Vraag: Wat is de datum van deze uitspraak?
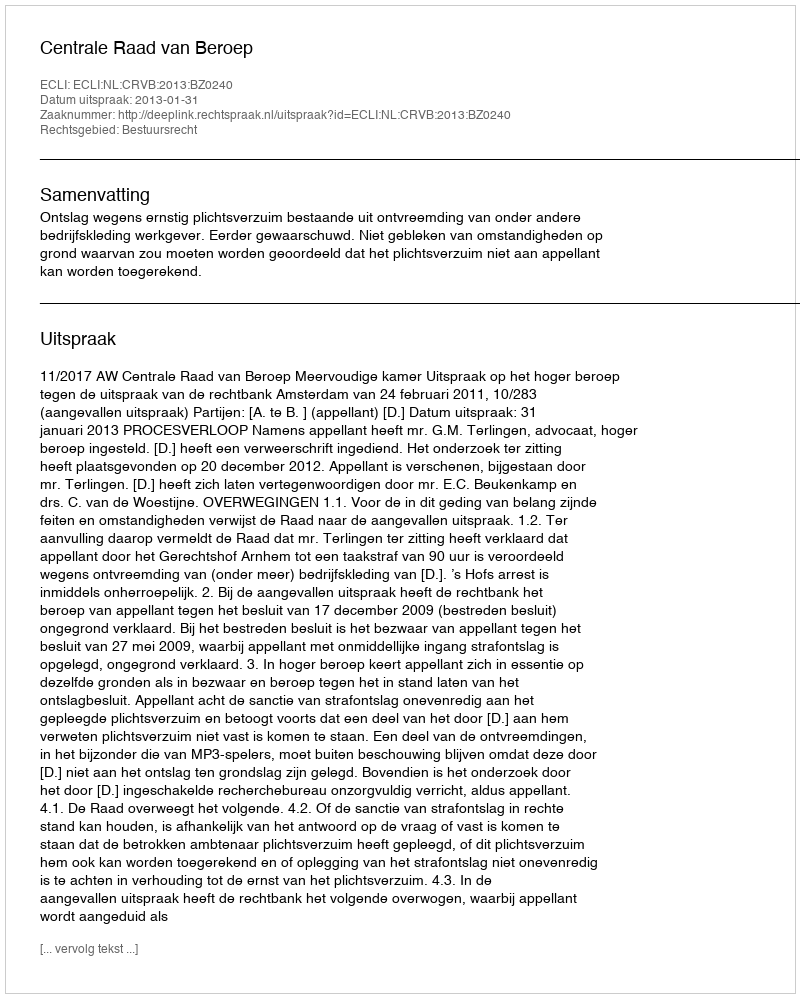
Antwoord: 2013-01-31